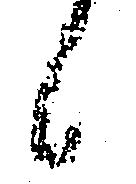
候